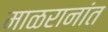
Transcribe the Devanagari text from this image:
माळरानांत